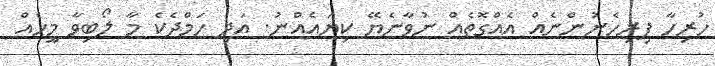
ހުރިހާ ފިރިހެނުންނެއް އެއްގޮތެއް ނުވާނެޔޭ ކިޔައެއްނު. އަދި ހަމްދެކެ މާ ލޯބިވާ މީހެއް